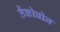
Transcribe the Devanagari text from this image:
तैंकोबोन